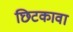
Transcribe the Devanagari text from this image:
छिटकावा